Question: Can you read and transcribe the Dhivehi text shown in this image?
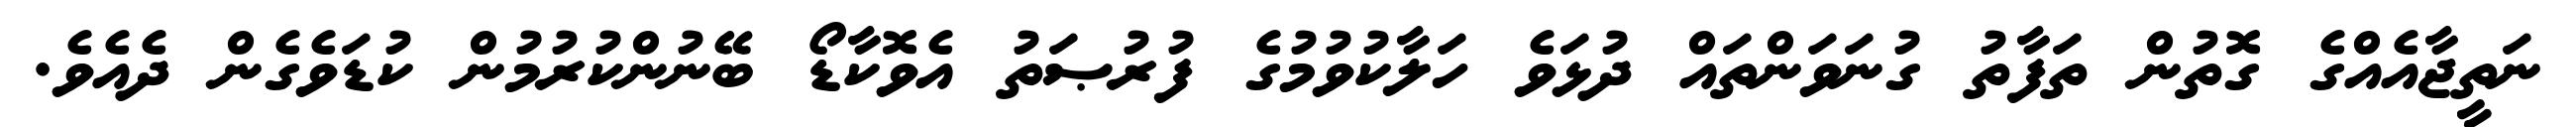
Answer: ނަތީޖާއެއްގެ ގޮތުން ތަފާތު ގުނަވަންތައް ދުޅަވެ ހަލާކުވުމުގެ ފުރުޞަތު އެވޮކާޑޯ ބޭނުންކުރުމުން ކުޑަވެގެން ދެއެވެ.